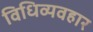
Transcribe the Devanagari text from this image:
विधिव्यवहार